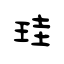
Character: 珪